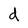
Character: d